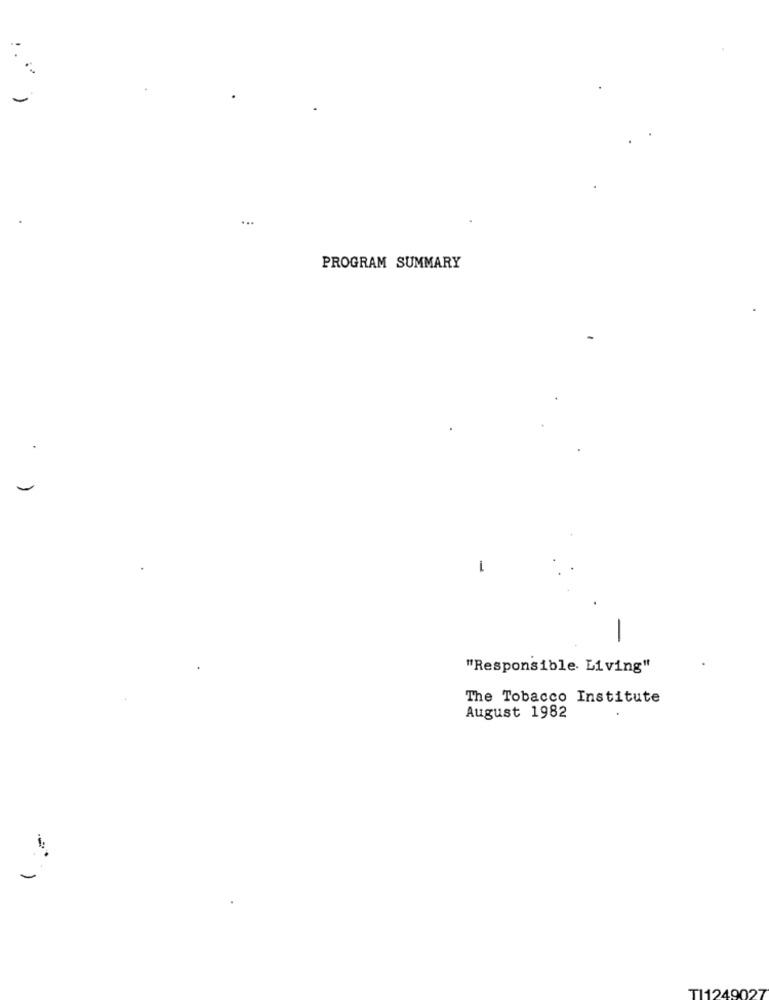
...
PROGRAM SUMMARY
1
"Responsible Living"
The Tobacco Institute
August 1982
-
TI1249027